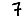
Digit: 7